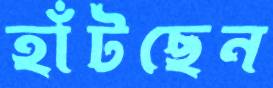
হাঁটছেন